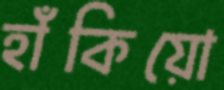
হাঁকিয়ো